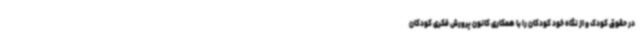
در حقوق کودک و از نگاه خود کودکان را با همکاری کانون پرورش فکری کودکان